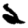
Digit: 2